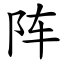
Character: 阵